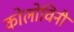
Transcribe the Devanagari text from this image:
कोलोचिनी